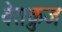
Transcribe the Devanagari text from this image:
वेराक्रुज